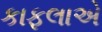
કાફલાએ